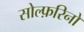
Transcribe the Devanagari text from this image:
सोल्फ़रिनो